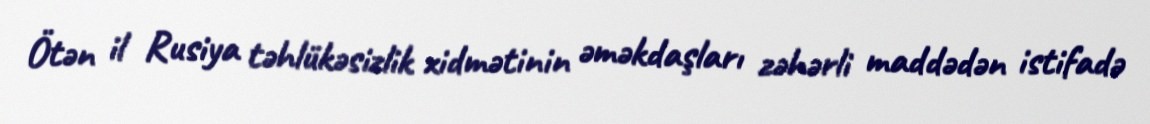
Ötən il Rusiya təhlükəsizlik xidmətinin əməkdaşları zəhərli maddədən istifadə